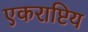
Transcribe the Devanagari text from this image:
एकराष्टिय